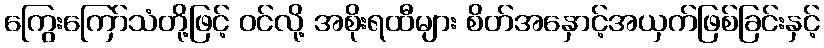
ကြွေးကြော်သံတို့ဖြင့် ဝင်လို့ အစိုးရထီများ စိတ်အနှောင့်အယှက်ဖြစ်ခြင်းနှင့်